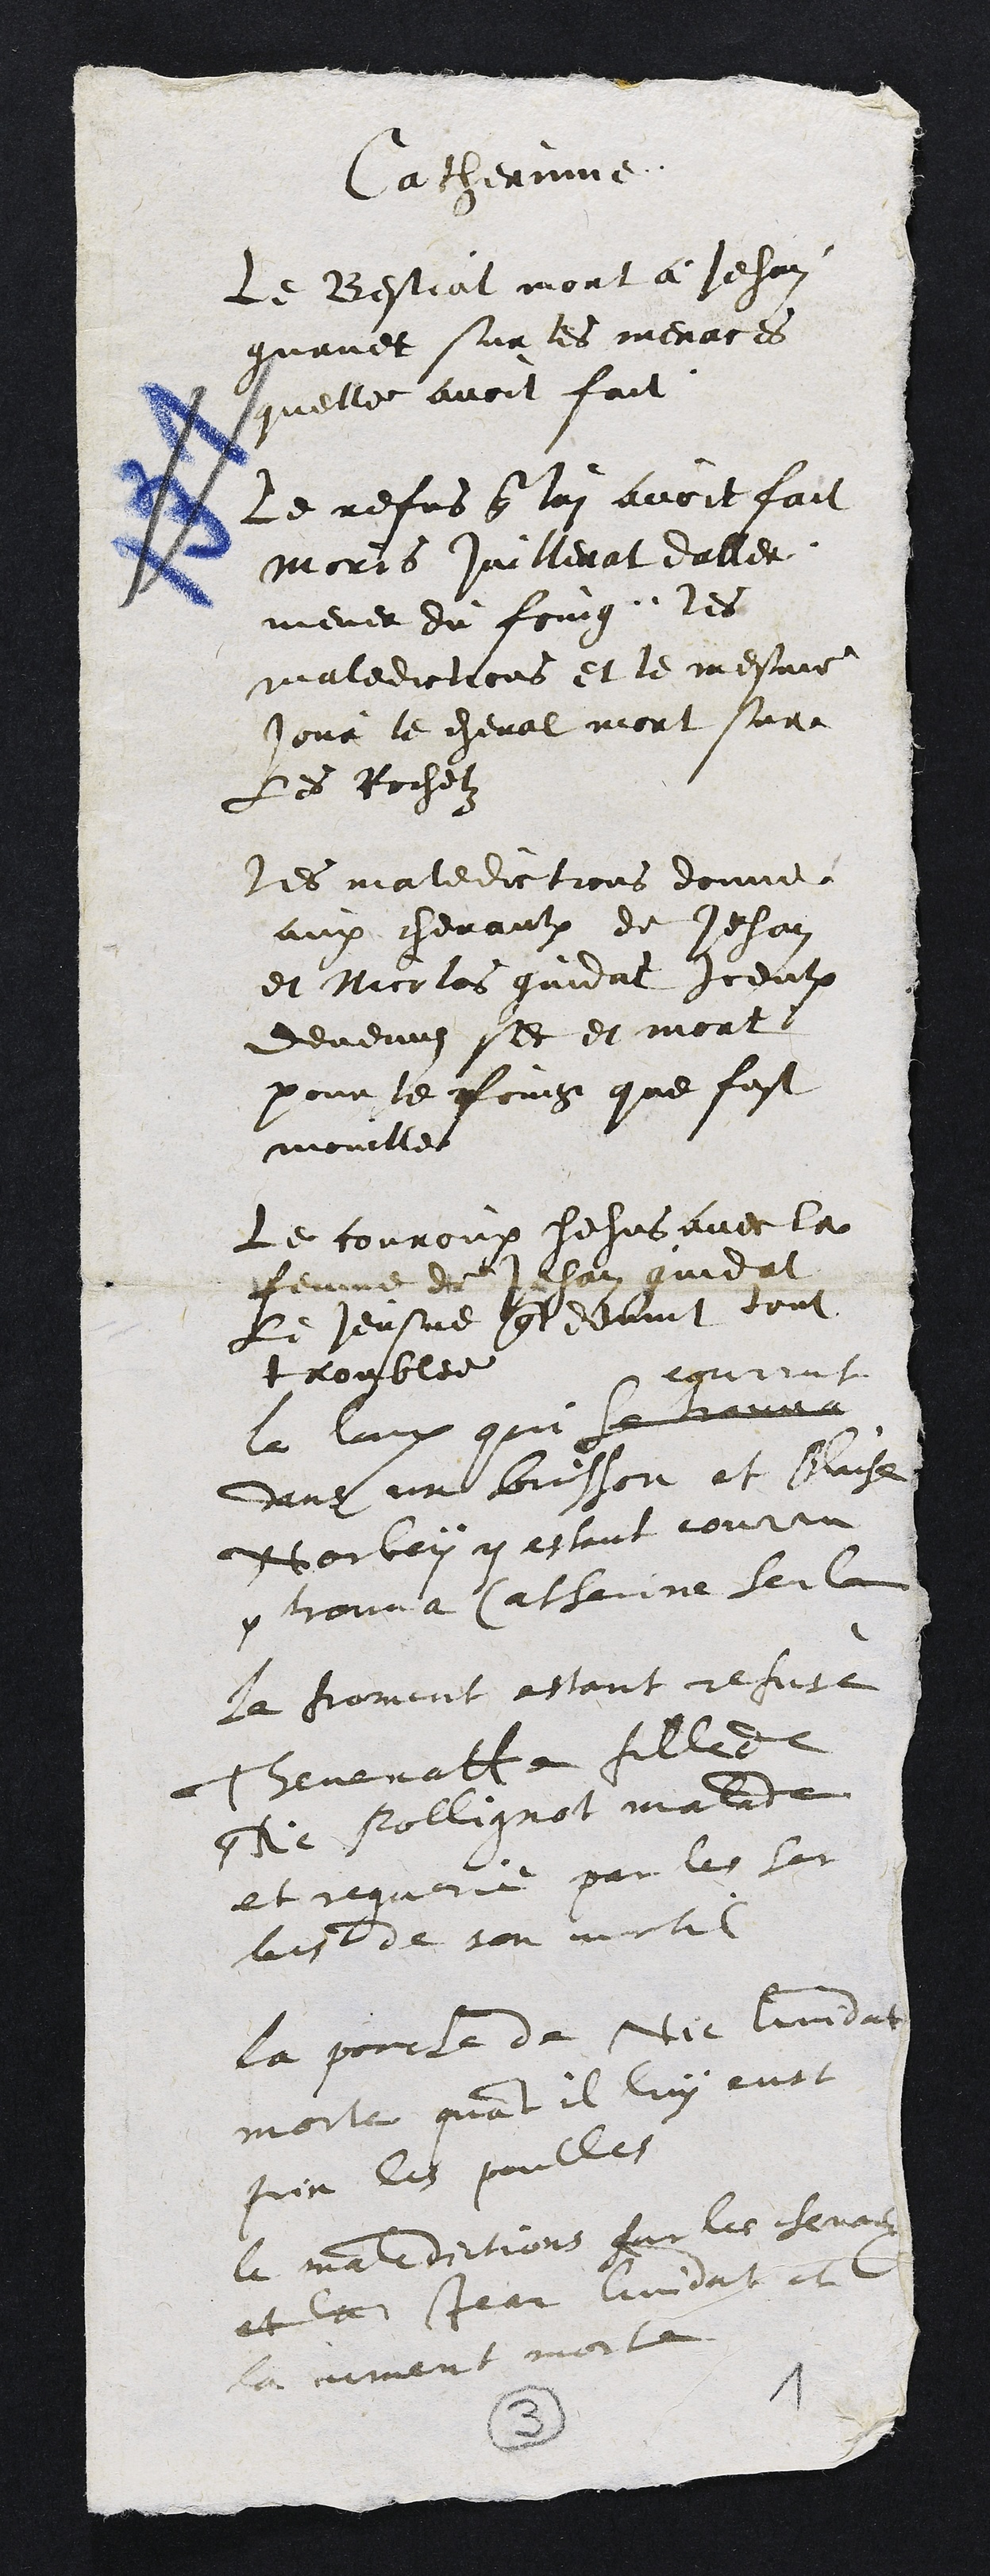
Catherine
Le Bestial mort a Jehan
guenet sur les menaces
quelle avoit fait
Le refus que lui avoit fait
moris juillerat daller
mener du foing les
maledictions et le mesme
jour le cheval mort sur
les Roche
Les maledictions donne
aux chevaulx de Jehan
et Nicolas gundat Iceulx
devenu se et mort
pour le Loing que fust
moulles
Le couroux Jehus avec la
femme de la andat
Le Jeusne que devint tout
troublee gint
la la que et
de lor et auche
bobon q estant cont
conna channe leu la
la comant avant et
hennatta fille
de sollignat malite
et requee poil lui
de tortil
la pour le de et lundat
moit que et luy avoit
sur lui poulles
a mardoitions faille feroit
et la par lundat
la mant moite